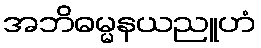
အဘိဓမ္မနယညူဟံ